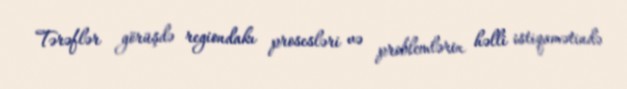
Tərəflər görüşdə regiondakı prosesləri və problemlərin həlli istiqamətində